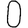
Digit: 0